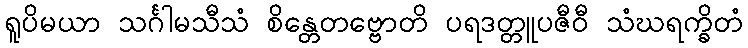
ရူပိမယာ သင်္ဂါမသီသံ စိန္တေတဗ္ဗောတိ ပရဒတ္တူပဇီဝီ သံဃရက္ခိတံ